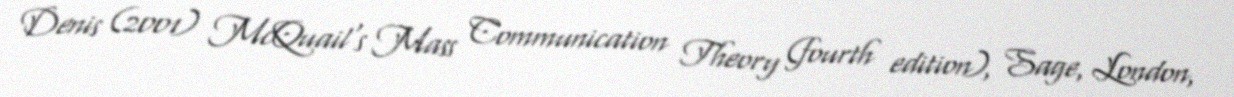
Denis (2001) McQuail's Mass Communication Theory (fourth edition), Sage, London,